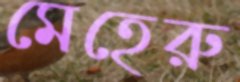
মেহেরু